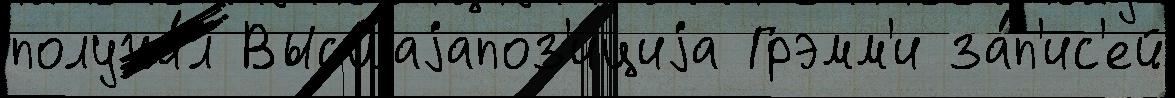
получи́л Высшаjапоз'ициjа Грэмм'и за́п'ис'ей